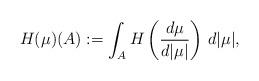
LaTeX: \begin{align*} H(\mu)(A) := \int_{A} H\left(\frac{d\mu}{d|\mu|}\right) \,d|\mu|,\end{align*}